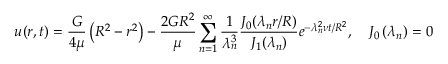
u ( r , t ) = { \frac { G } { 4 \mu } } \left( R ^ { 2 } - r ^ { 2 } \right) - { \frac { 2 G R ^ { 2 } } { \mu } } \sum _ { n = 1 } ^ { \infty } { \frac { 1 } { \lambda _ { n } ^ { 3 } } } { \frac { J _ { 0 } ( \lambda _ { n } r / R ) } { J _ { 1 } ( \lambda _ { n } ) } } e ^ { - \lambda _ { n } ^ { 2 } \nu t / R ^ { 2 } } , \quad J _ { 0 } \left( \lambda _ { n } \right) = 0